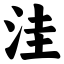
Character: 洼